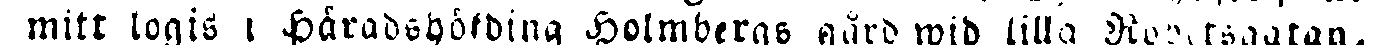
mitt logis i Häradshöfding Holmbergb gård wid lilla Robertsgatan.